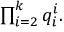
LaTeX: \textstyle \prod _ { i = 2 } ^ { k } q _ { i } ^ { i } .